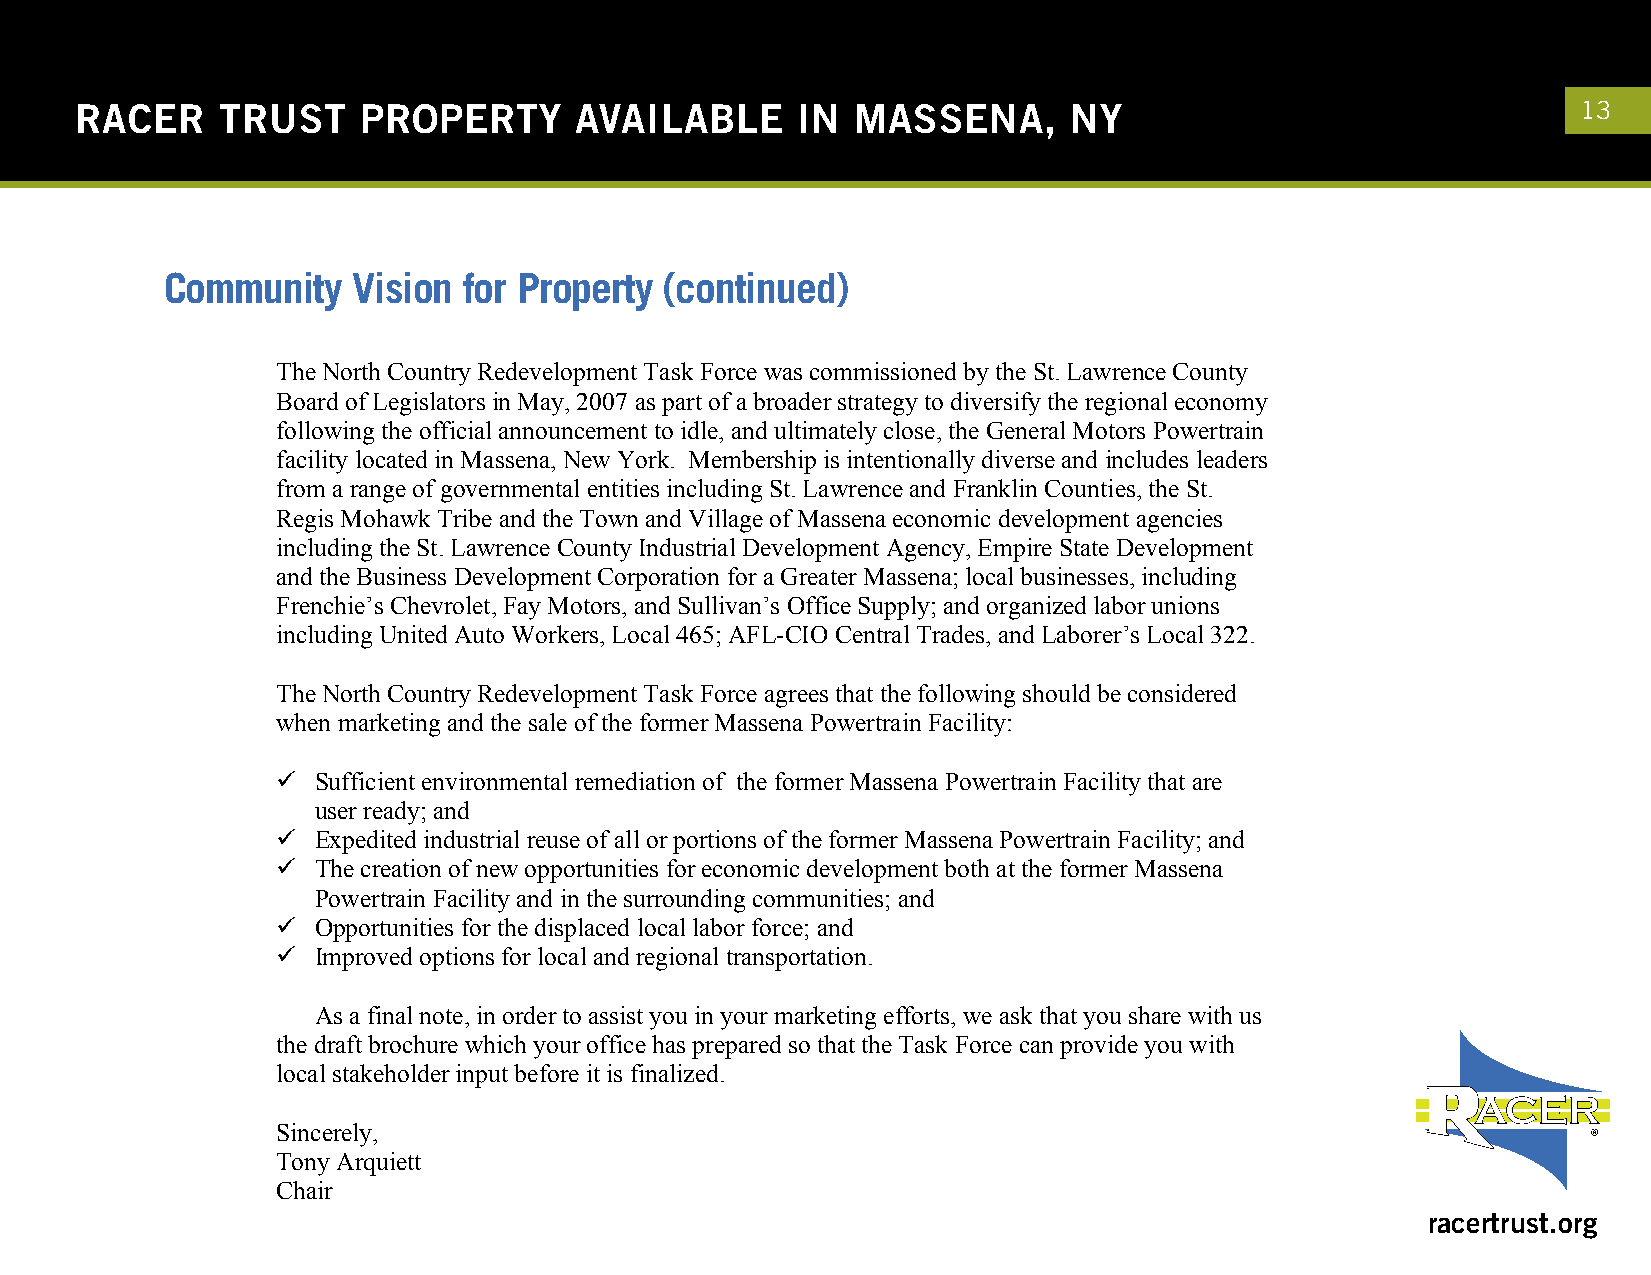
St. Lawrence County
 NORTH  COUNTRY   REDEVELOPMENT     TASK FORCE
 c/o St. Lawrence County Board of Legislators
 48 Court Street, Court House
 Canton, New York 13617-1169
 (315) 379-2276
 FAX (315) 379-2463
 September 14, 2011
 Bruce Rasher
 RACER Trust Redevelopment Manager
 2930 Ecorse Road
 Ypsilanti, MI 48198
 RACER    TRUbraSshTer @PraRceOrtrPustE.orRg TY AVAILABLE IN MASSENA, NY                             13
 Dear Mr. Rasher:
 In response to your letter dated August 15, 2011, requesting a letter outlining a unified
 community vision for the former GM property to help facilitate the positioning of properties for
 Commumnairtkyet iVngi sanido snal ef,o wre tPher oNporethr Ctyou n(tcryo Rnetdienveuloepdm)ent Task Force respectfully submit the
 following:
 The North Country Redevelopment Task Force was commissioned by the St. Lawrence County
 Board of Legislators in May, 2007 as part of a broader strategy to diversify the regional economy
 following the official announcement to idle, and ultimately close, the General Motors Powertrain
 facility located in Massena, New York. Membership is intentionally diverse and includes leaders
 from a range of governmental entities including St. Lawrence and Franklin Counties, the St.
 Regis Mohawk Tribe and the Town and Village of Massena economic development agencies
 including the St. Lawrence County Industrial Development Agency, Empire State Development
 and the Business Development Corporation for a Greater Massena; local businesses, including
 Frenchie’s Chevrolet, Fay Motors, and Sullivan’s Office Supply; and organized labor unions
 including United Auto Workers, Local 465; AFL-CIO Central Trades, and Laborer’s Local 322.
 The North Country Redevelopment Task Force agrees that the following should be considered
 when marketing and the sale of the former Massena Powertrain Facility:
   Sufficient environmental remediation of the former Massena Powertrain Facility that are
 user ready; and
   Expedited industrial reuse of all or portions of the former Massena Powertrain Facility; and
   The creation of new opportunities for economic development both at the former Massena
 Powertrain Facility and in the surrounding communities; and
   Opportunities for the displaced local labor force; and
   Improved options for local and regional transportation.
 As a final note, in order to assist you in your marketing efforts, we ask that you share with us
 the draft brochure which your office has prepared so that the Task Force can provide you with
 local stakeholder input before it is finalized.
 Sincerely,
 Tony Arquiett
 Chair
 racertrust.org